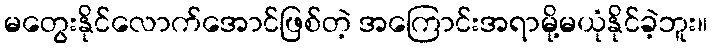
မတွေးနိုင်လောက်အောင်ဖြစ်တဲ့ အကြောင်းအရာမို့မယုံနိုင်ခဲ့ဘူး။